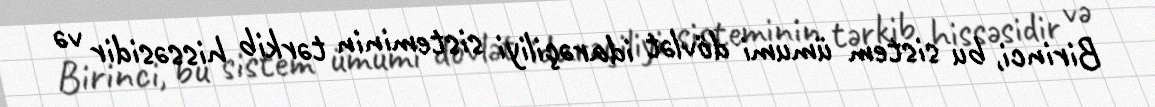
Birinci, bu sistem ümumi dövlət idarəçiliyi sisteminin tərkib hissəsidir və